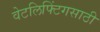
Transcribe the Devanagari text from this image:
वेटलिफ्टिंगसाठी